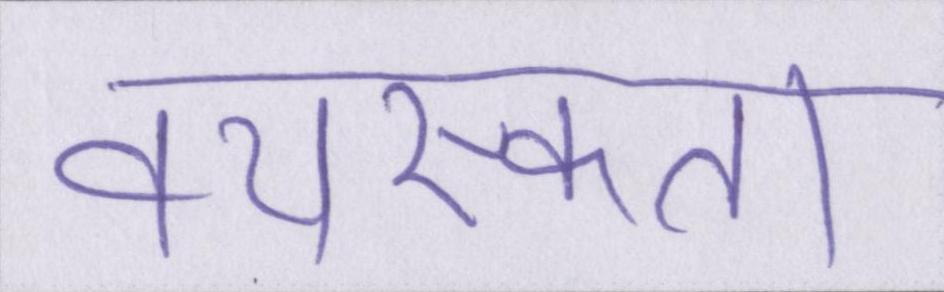
वयस्कता